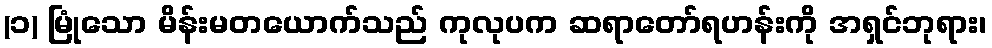
(၁) မြုံသော မိန်းမတယောက်သည် ကုလုပက ဆရာတော်ရဟန်းကို အရှင်ဘုရား၊